Emmaste_vallavalitsus, lk 25
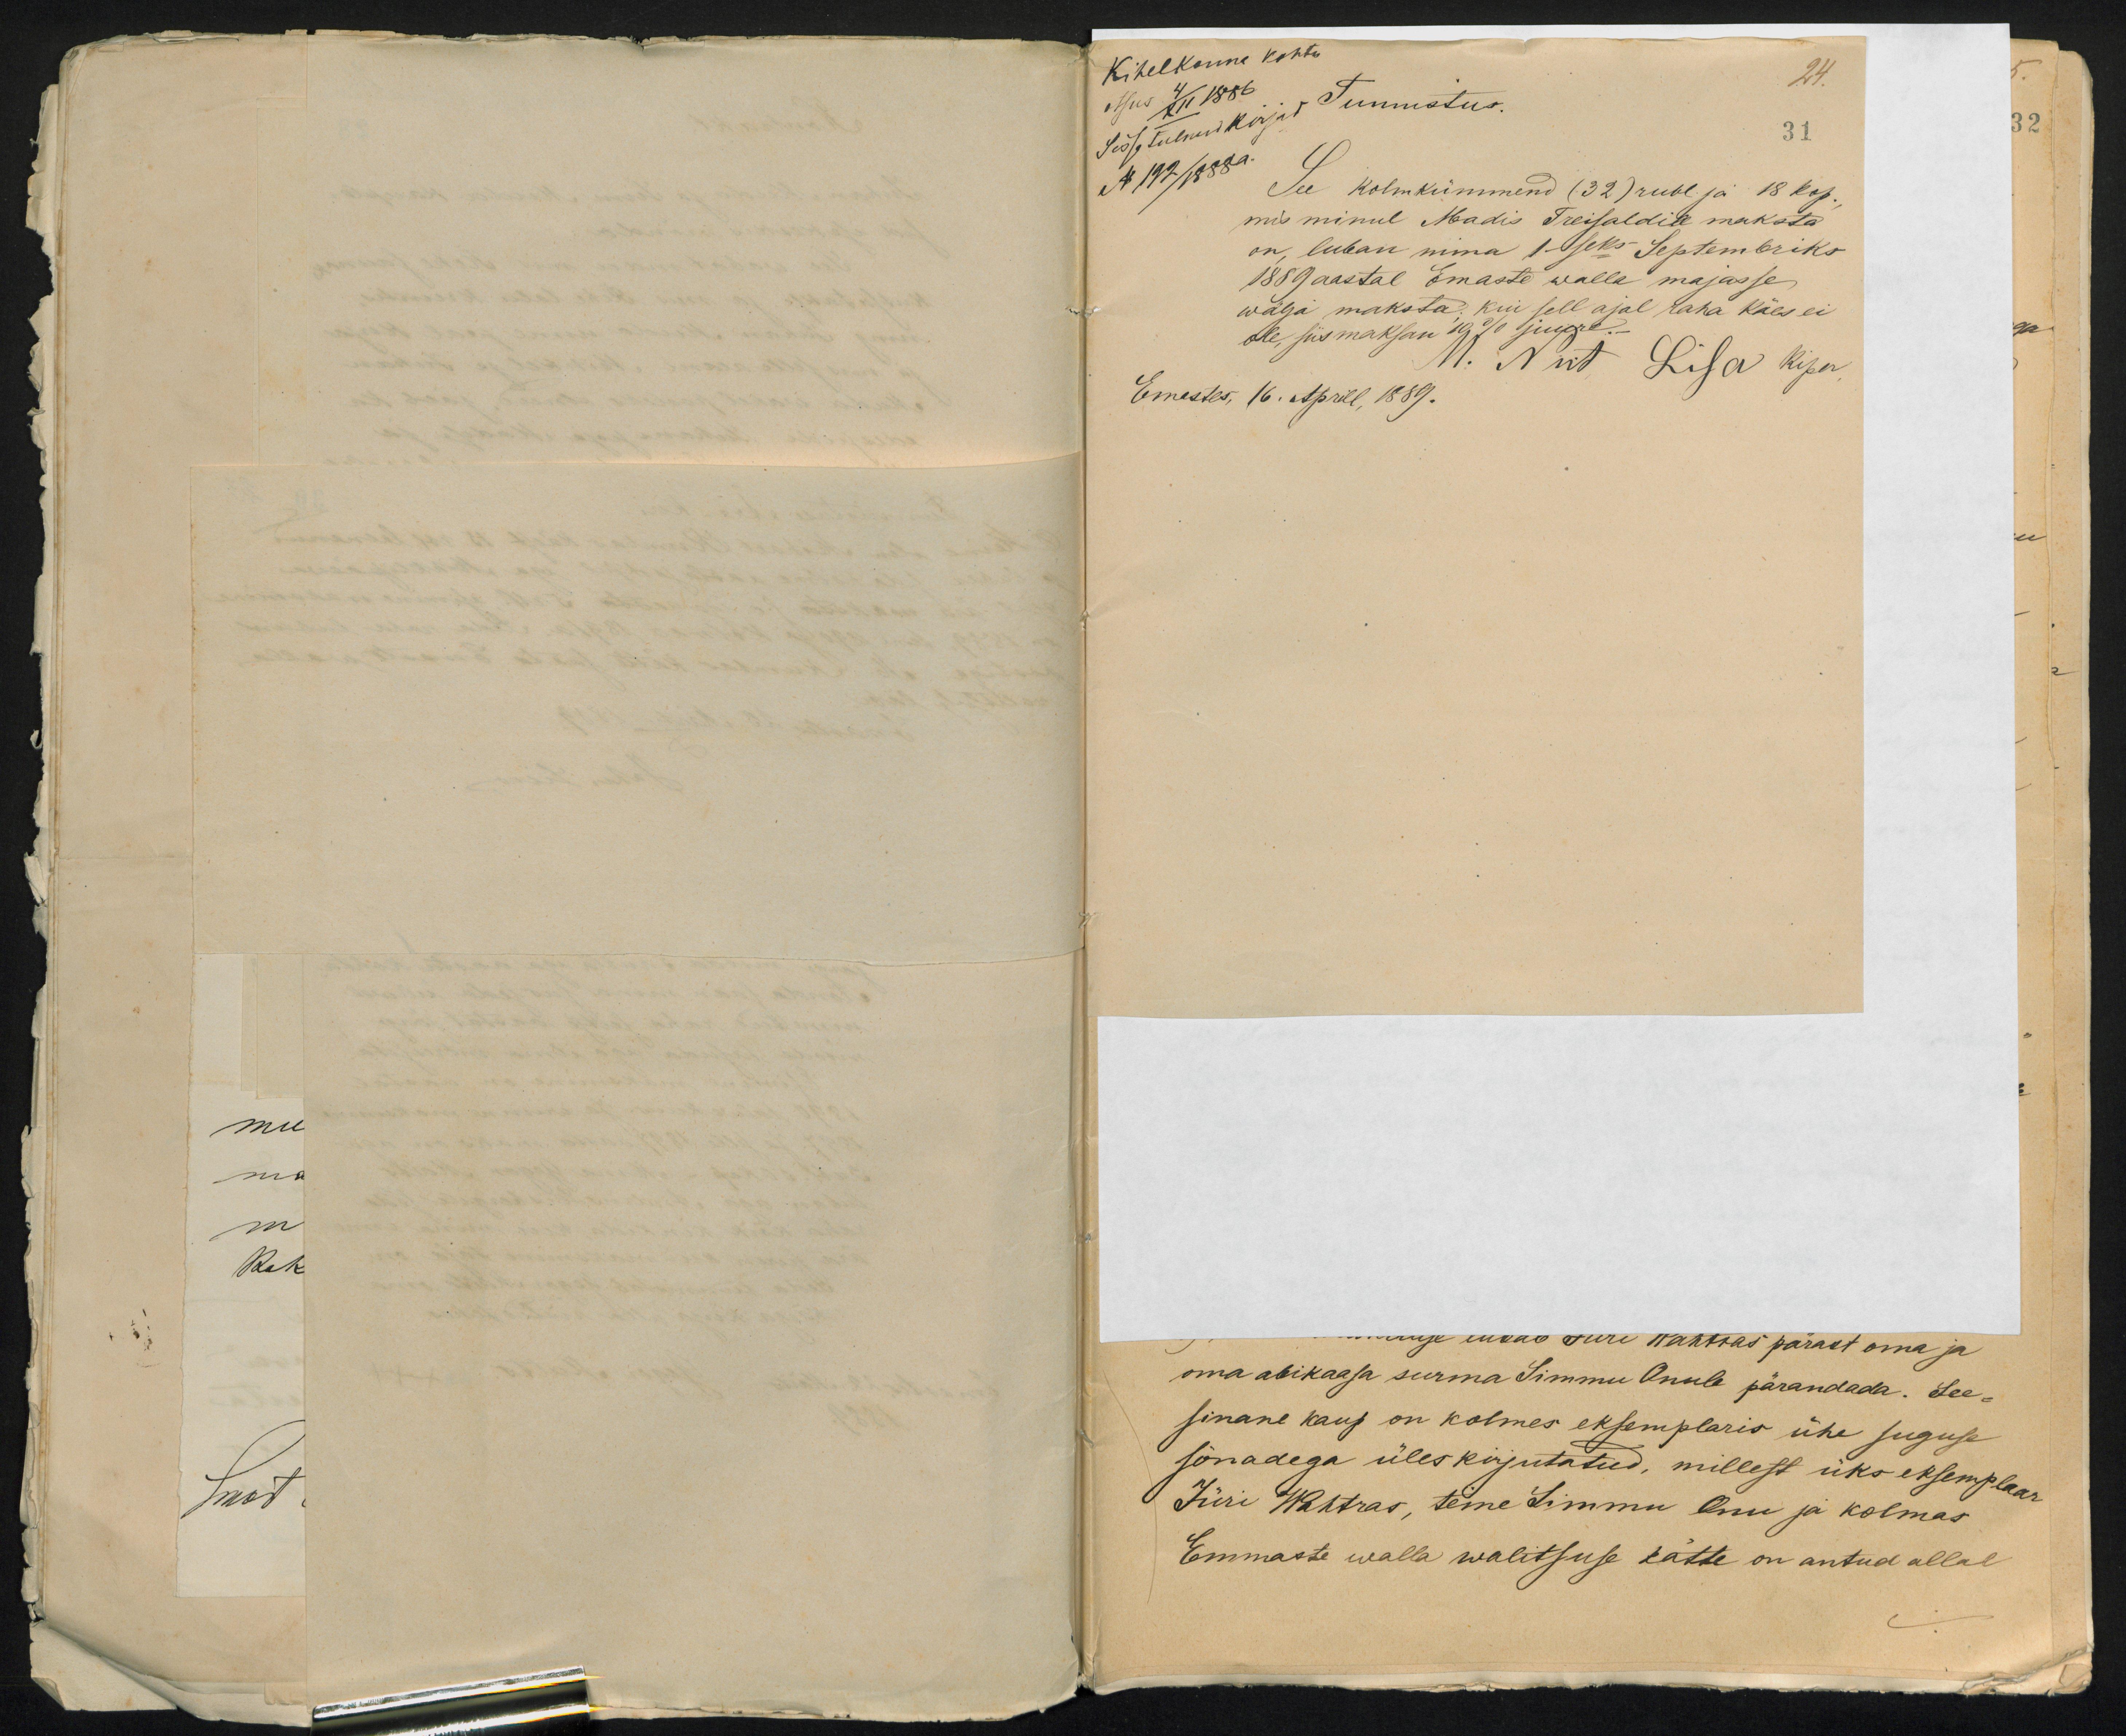
Kihelkonna kohtu
24.
Otsus 4/XII 1886
Tunnistus.
31
Sisse tulnud kirjad
N 192/ 1888 a.
See kolmkümmend (32) rubl. ja 18 kop.
mis minul Madis Treisaldile maksta
on, luban mina 1- seks Septembriks
1889 aastal Emaste walla majasse
wälja maksta, kui sell ajal raha käes ei
ole, siis maksan 10% juure.
M. Niit Lisa kipa
Emastes, 16. Aprill, 1889.